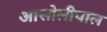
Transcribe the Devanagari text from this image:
आसोलीपाल